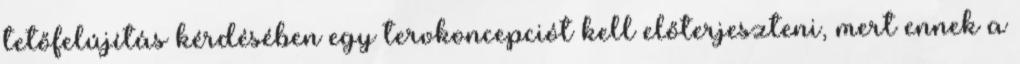
tetőfelújítás kérdésében egy tervkoncepciót kell előterjeszteni, mert ennek a